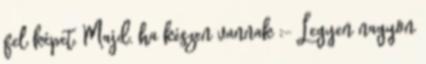
fel képet. Majd, ha készen vannak ;- Legyen nagyon